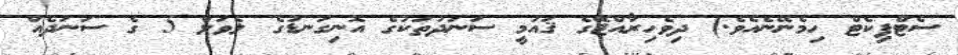
ސެޓްފިކެޓް ހިމެނޭނެއެވެ.) ދިވެހިރާއްޖޭގެ ޤައުމީ ސަނަދުތަކުގެ އޮނިގަނޑުގެ ލެވަލް 5 ގެ ސަނަދެއް